Medical and sanitary report of the native army of Madras for the year
Year: 1875
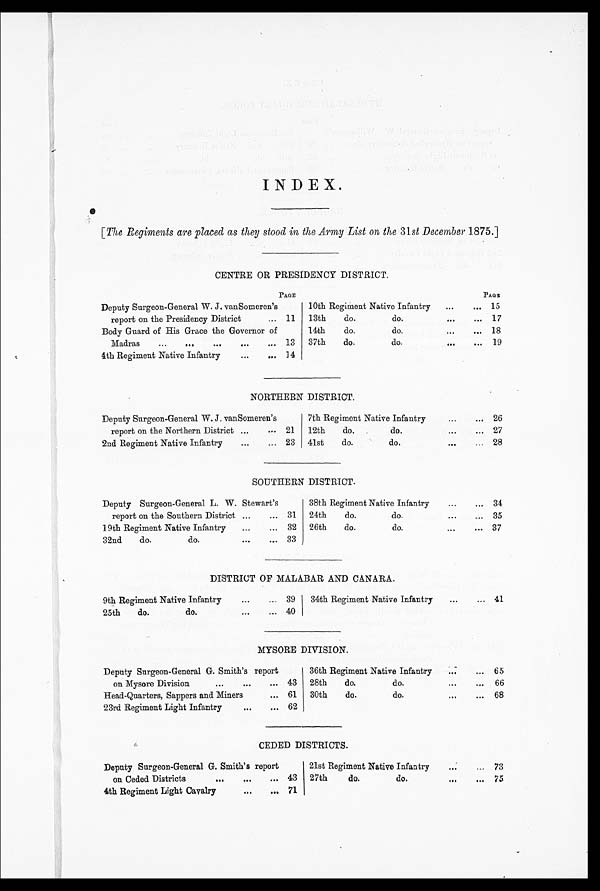
INDEX.
[ The Regiments are placed as they stood in the Army List on the 31st December 1875.]
CENTRE OR PRESIDENCY DISTRICT.
PAGE
PAGE
Deputy Surgeon-General W. J. vanSomeren’s
report on the Presidency District
. . . 11
10th Regiment Native Infantry
...
. . . 15
13th
do.
do.
...
. . . 17
Body Guard of His Grace the Governor of
Madras
...
...
...
...
. . . 13
14th
do.
do.
...
. . . 18
37th
do.
do.
...
. . . 19
4th Regiment Native Infantry
...
. . . 14
NORTHERN DISTRICT.
Deputy Surgeon-General W. J. vanSomeren’s
report on the Northern District ...
. . . 21
7th Regiment Native Infantry
...
. . . 26
12th
do.
do.
...
. . . 27
2nd Regiment Native Infantry
...
. . . 23
41st
do.
do.
...
. . .
28
SOUTHERN DISTRICT.
Deputy Surgeon-General L. W. Stewart’s
report on the Southern District ...
. . . 31
38th Regiment Native Infantry
...
. . .
34
24th
do.
do.
...
. . .
35
19th Regiment Native Infantry
...
. . . 32
26th
do.
do.
...
. . . 37
32nd
do.
do.
...
. . . 33
DISTRICT OF MALABAR AND CANARA.
9th Regiment Native Infantry
...
. . .
39
34th Regiment Native Infantry
...
. . . 41
25th
do.
do.
...
. . . 40
MYSORE DIVISION.
Deputy Surgeon-General G. Smith’s report
on Mysore Division
...
...
. . . 43
36th Regiment Native Infantry
...
. . . 65
28th
do.
do.
...
. . .
66
Head-Quarters, Sappers and Miners
. . . 61
30th
do.
do.
...
. . . 68
23rd Regiment Light Infantry
...
. . . 62
CEDED DISTRICTS.
Deputy Surgeon-General G. Smith’s report
on Ceded Districts
...
...
. . . 43
21st Regiment Native Infantry
...
73
27th
do.
do.
...
...
75
4th Regiment Light Cavalry
...
. . . 71